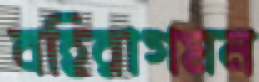
বহিরাগমন